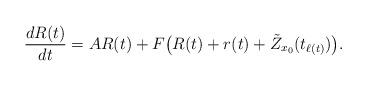
LaTeX: \begin{align*}\frac{dR(t)}{dt}=AR(t)+F\bigl(R(t)+r(t)+\tilde{Z}_{x_0}(t_{\ell(t)})\bigr).\end{align*}